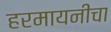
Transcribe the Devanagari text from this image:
हरमायनीचा